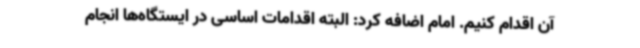
آن اقدام کنیم. امام اضافه کرد: البته اقدامات اساسی در ایستگاه‌ها انجام